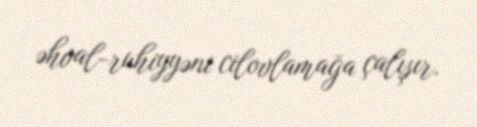
əhval-ruhiyyəni cilovlamağa çalışır.